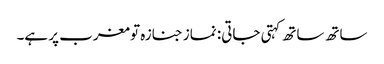
ساتھ ساتھ کہتی جاتی: نماز جنازہ تو مغرب پر ہے۔